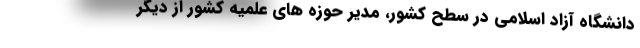
دانشگاه آزاد اسلامی در سطح کشور، مدیر حوزه های علمیه کشور از دیگر